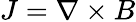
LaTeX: J=\nabla\times B